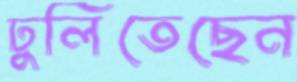
ঢুলিতেছেন